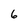
Character: 6